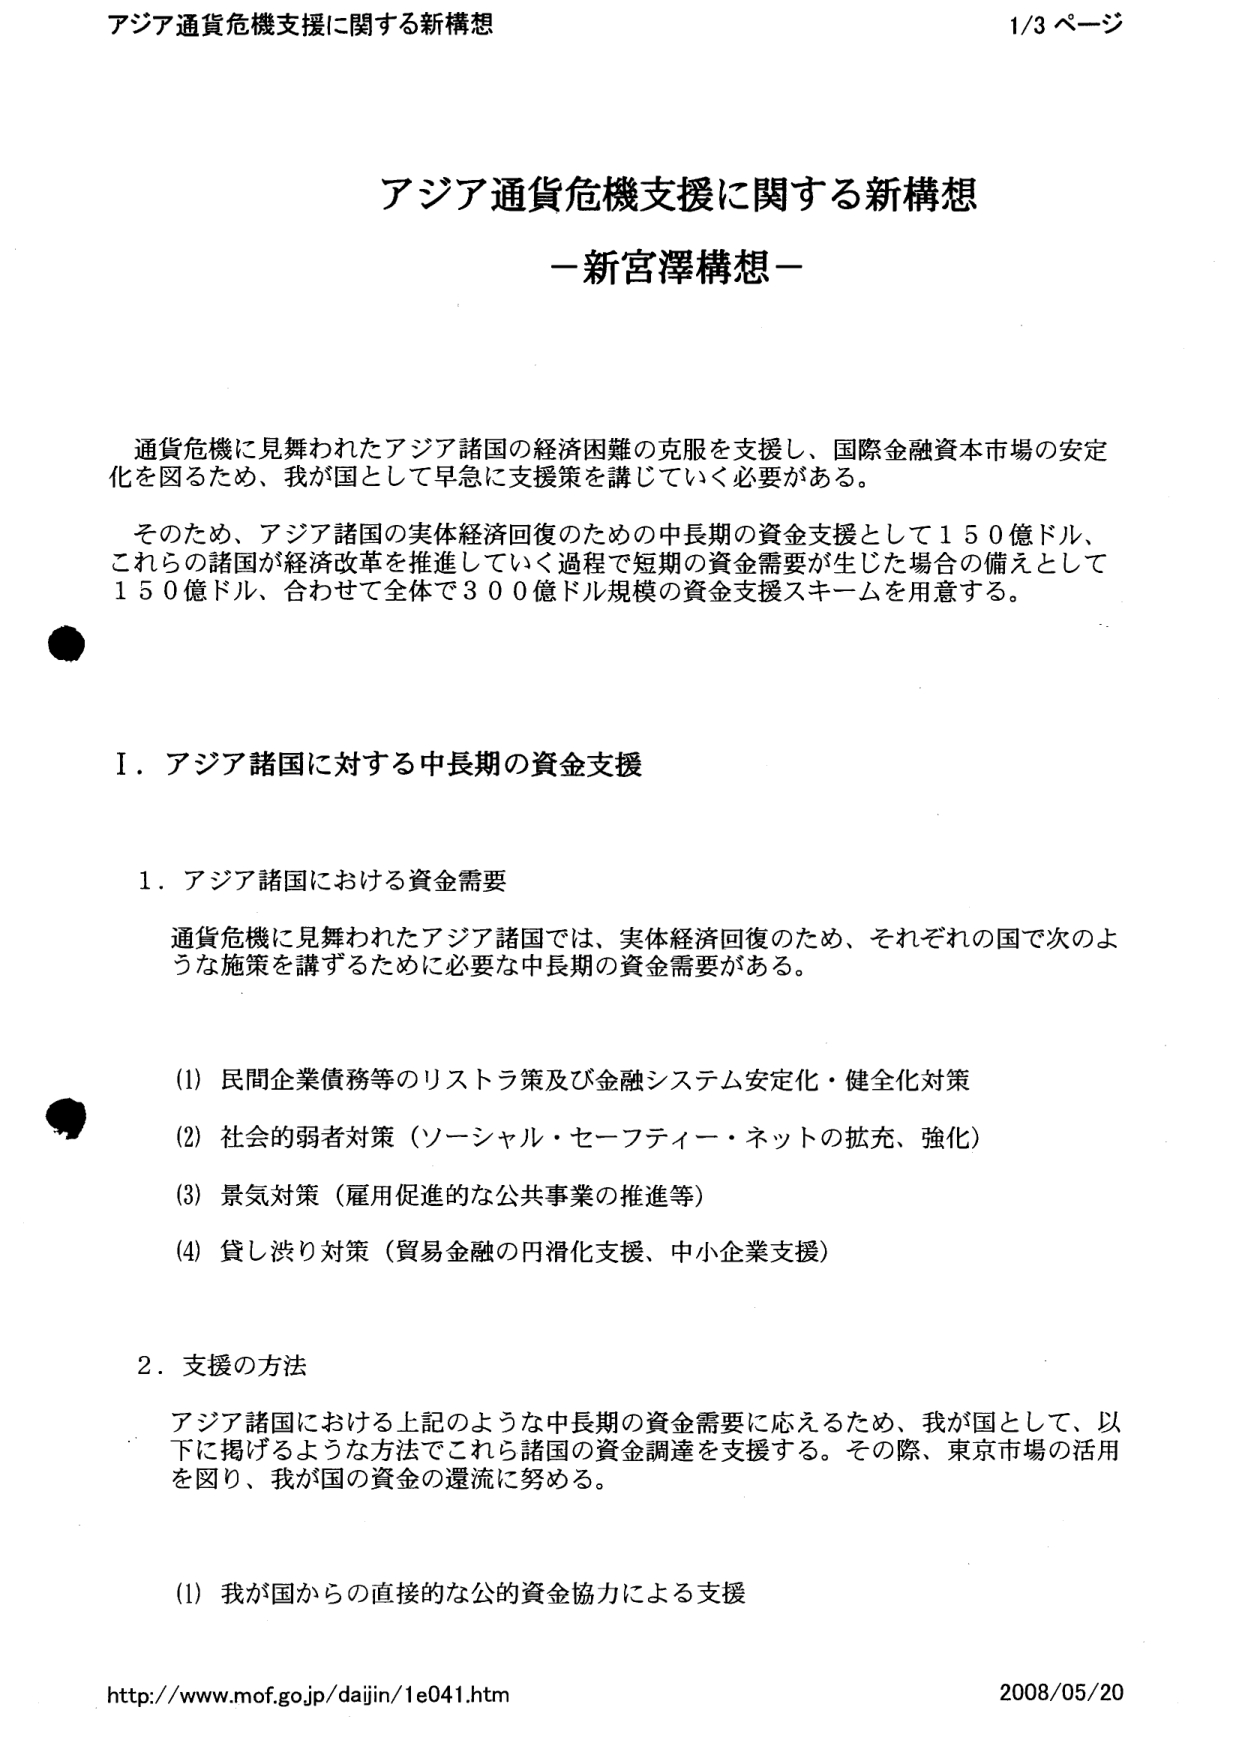
アジア通貨危機支援に関する新構想
1/3 ページ

アジア通貨危機支援に関する新構想
－新宮澤構想－

通貨危機に見舞われたアジア諸国の経済困難の克服を支援し、国際金融資本市場の安定化を図るため、我が国として早急に支援策を講じていく必要がある。

そのため、アジア諸国の実体経済回復のための中長期の資金支援として150億ドル、これらの諸国が経済改革を推進していく過程で短期の資金需要が生じた場合の備えとして150億ドル、合わせて全体で300億ドル規模の資金支援スキームを用意する。

Ⅰ．アジア諸国に対する中長期の資金支援

1．アジア諸国における資金需要

通貨危機に見舞われたアジア諸国では、実体経済回復のため、それぞれの国で次のような施策を講ずるために必要な中長期の資金需要がある。

(1) 民間企業債務等のリストラ策及び金融システム安定化・健全化対策
(2) 社会的弱者対策（ソーシャル・セーフティ・ネットの拡充、強化）
(3) 景気対策（雇用促進的な公共事業の推進等）
(4) 貸し渋り対策（貿易金融の円滑化支援、中小企業支援）

2．支援の方法

アジア諸国における上記のような中長期の資金需要に応えるため、我が国として、以下に掲げるような方法でこれら諸国の資金調達を支援する。その際、東京市場の活用を図り、我が国の資金の還流に努める。

(1) 我が国からの直接的な公的資金協力による支援

http://www.mof.go.jp/dajin/1e041.htm
2008/05/20